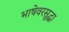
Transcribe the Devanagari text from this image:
भाषेवरसुद्धा